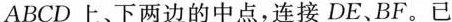
ABCD上、下两边的中点，连接DE、BF。已